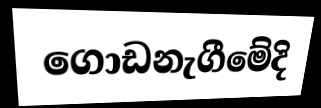
ගොඩනැගීමේදි